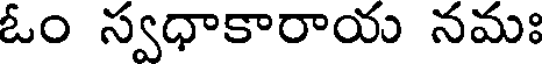
ఓం స్వధాకారాయ నమః